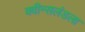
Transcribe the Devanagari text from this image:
क्वीन्सलंडला